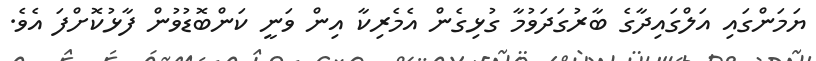
ޔަމަންގައި އަލްގައިދާގެ ބާރުގަދަވުމާ ގުޅިގެން އެމެރިކާ އިން ވަނީ ކަންބޮޑުވުން ފާޅުކޮށްފަ އެވެ.